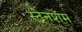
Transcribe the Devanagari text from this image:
स्ट्रेनशॅम